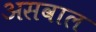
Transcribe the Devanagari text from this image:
असवाल